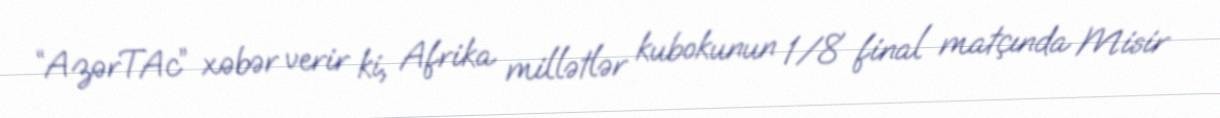
“AzərTAc” xəbər verir ki, Afrika millətlər kubokunun 1/8 final matçında Misir